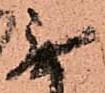
無